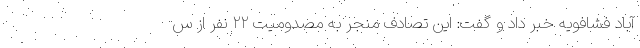
آباد فشافویه خبر داد و گفت: این تصادف منجر به مصدومیت ۲۲ نفر از س